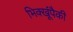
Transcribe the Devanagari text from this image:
भिक्खूंपैकी